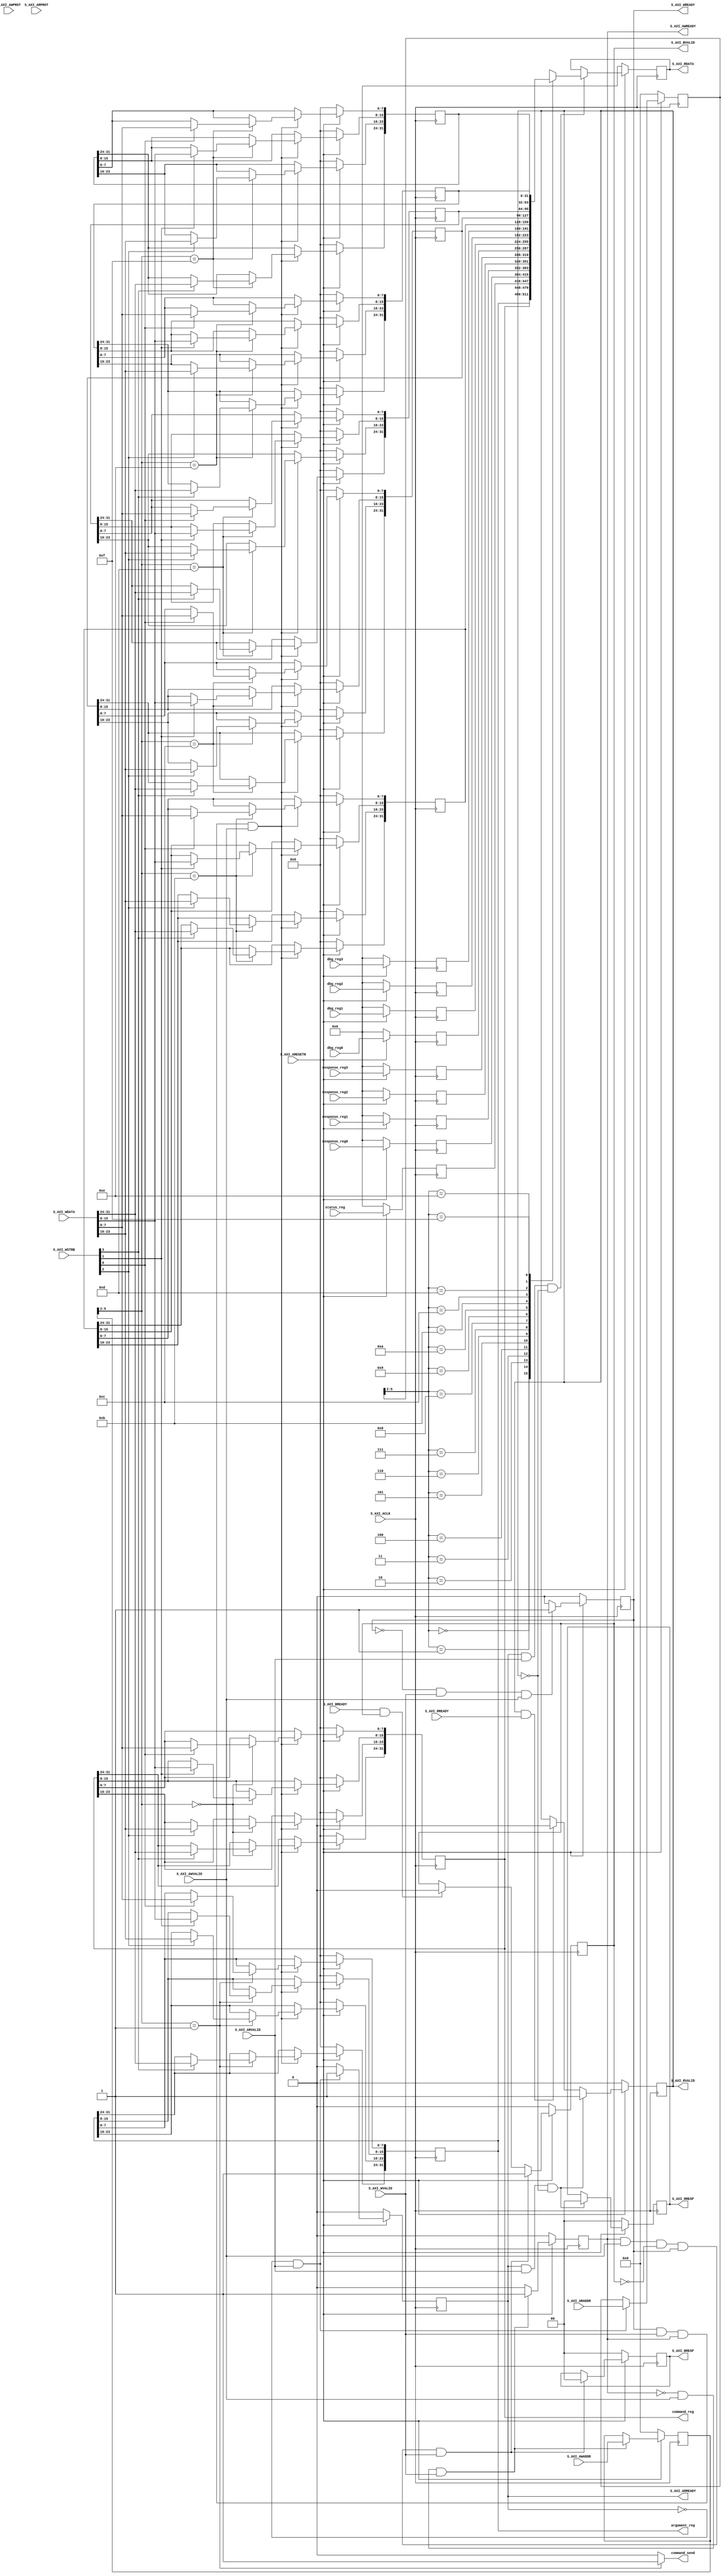
//////////////////////////////////////////////////////////////////////////////
//  
// Copyright (c) 2015 Digilent Inc.
// All rights reserved.
//
// File:
// d_sdctrl_S_AXI.v
//  
// Library:
// hw/contrib/d_sdctrl_1.0
//
// Author:
// Tinghui Wang (Steve)
//
// Description:
// Register Mapping for SDIO Controller
//
// @NETFPGA_LICENSE_HEADER_START@
//
// Licensed to NetFPGA C.I.C. (NetFPGA) under one or more contributor
// license agreements. See the NOTICE file distributed with this work for
// additional information regarding copyright ownership. NetFPGA licenses this
// file to you under the NetFPGA Hardware-Software License, Version 1.0 (the
// "License"); you may not use this file except in compliance with the
// License. You may obtain a copy of the License at:
//
// http://www.netfpga-cic.org
//
// Unless required by applicable law or agreed to in writing, Work distributed
// under the License is distributed on an "AS IS" BASIS, WITHOUT WARRANTIES OR
// CONDITIONS OF ANY KIND, either express or implied. See the License for the
// specific language governing permissions and limitations under the License.
//
// @NETFPGA_LICENSE_HEADER_END@
//  

`timescale 1 ps / 1 ps

	module d_sdctrl_S_AXI #
	(
		// Users to add parameters here

		// User parameters ends
		// Do not modify the parameters beyond this line

		// Width of S_AXI data bus
		parameter integer C_S_AXI_DATA_WIDTH	= 32,
		// Width of S_AXI address bus
		parameter integer C_S_AXI_ADDR_WIDTH	= 6
	)
	(
		// Users to add ports here
	    output wire [C_S_AXI_DATA_WIDTH-1 : 0]  command_reg,
        output wire [C_S_AXI_DATA_WIDTH-1 : 0]  argument_reg,
        input  wire [C_S_AXI_DATA_WIDTH-1 : 0]  status_reg,
        input  wire [C_S_AXI_DATA_WIDTH-1 : 0]  response_reg0,
        input  wire [C_S_AXI_DATA_WIDTH-1 : 0]  response_reg1,
        input  wire [C_S_AXI_DATA_WIDTH-1 : 0]  response_reg2,
        input  wire [C_S_AXI_DATA_WIDTH-1 : 0]  response_reg3,
        input  wire [C_S_AXI_DATA_WIDTH-1 : 0]  dbg_reg0,
        input  wire [C_S_AXI_DATA_WIDTH-1 : 0]  dbg_reg1,
        input  wire [C_S_AXI_DATA_WIDTH-1 : 0]  dbg_reg2,
        input  wire [C_S_AXI_DATA_WIDTH-1 : 0]  dbg_reg3,
        output wire                             command_send,
		// User ports ends
		// Do not modify the ports beyond this line

		// Global Clock Signal
		input wire  S_AXI_ACLK,
		// Global Reset Signal. This Signal is Active LOW
		input wire  S_AXI_ARESETN,
		// Write address (issued by master, acceped by Slave)
		input wire [C_S_AXI_ADDR_WIDTH-1 : 0] S_AXI_AWADDR,
		// Write channel Protection type. This signal indicates the
    		// privilege and security level of the transaction, and whether
    		// the transaction is a data access or an instruction access.
		input wire [2 : 0] S_AXI_AWPROT,
		// Write address valid. This signal indicates that the master signaling
    		// valid write address and control information.
		input wire  S_AXI_AWVALID,
		// Write address ready. This signal indicates that the slave is ready
    		// to accept an address and associated control signals.
		output wire  S_AXI_AWREADY,
		// Write data (issued by master, acceped by Slave) 
		input wire [C_S_AXI_DATA_WIDTH-1 : 0] S_AXI_WDATA,
		// Write strobes. This signal indicates which byte lanes hold
    		// valid data. There is one write strobe bit for each eight
    		// bits of the write data bus.    
		input wire [(C_S_AXI_DATA_WIDTH/8)-1 : 0] S_AXI_WSTRB,
		// Write valid. This signal indicates that valid write
    		// data and strobes are available.
		input wire  S_AXI_WVALID,
		// Write ready. This signal indicates that the slave
    		// can accept the write data.
		output wire  S_AXI_WREADY,
		// Write response. This signal indicates the status
    		// of the write transaction.
		output wire [1 : 0] S_AXI_BRESP,
		// Write response valid. This signal indicates that the channel
    		// is signaling a valid write response.
		output wire  S_AXI_BVALID,
		// Response ready. This signal indicates that the master
    		// can accept a write response.
		input wire  S_AXI_BREADY,
		// Read address (issued by master, acceped by Slave)
		input wire [C_S_AXI_ADDR_WIDTH-1 : 0] S_AXI_ARADDR,
		// Protection type. This signal indicates the privilege
    		// and security level of the transaction, and whether the
    		// transaction is a data access or an instruction access.
		input wire [2 : 0] S_AXI_ARPROT,
		// Read address valid. This signal indicates that the channel
    		// is signaling valid read address and control information.
		input wire  S_AXI_ARVALID,
		// Read address ready. This signal indicates that the slave is
    		// ready to accept an address and associated control signals.
		output wire  S_AXI_ARREADY,
		// Read data (issued by slave)
		output wire [C_S_AXI_DATA_WIDTH-1 : 0] S_AXI_RDATA,
		// Read response. This signal indicates the status of the
    		// read transfer.
		output wire [1 : 0] S_AXI_RRESP,
		// Read valid. This signal indicates that the channel is
    		// signaling the required read data.
		output wire  S_AXI_RVALID,
		// Read ready. This signal indicates that the master can
    		// accept the read data and response information.
		input wire  S_AXI_RREADY
	);

	// AXI4LITE signals
	reg [C_S_AXI_ADDR_WIDTH-1 : 0] 	axi_awaddr;
	reg  	axi_awready;
	reg  	axi_wready;
	reg [1 : 0] 	axi_bresp;
	reg  	axi_bvalid;
	reg [C_S_AXI_ADDR_WIDTH-1 : 0] 	axi_araddr;
	reg  	axi_arready;
	reg [C_S_AXI_DATA_WIDTH-1 : 0] 	axi_rdata;
	reg [1 : 0] 	axi_rresp;
	reg  	axi_rvalid;

	// Example-specific design signals
	// local parameter for addressing 32 bit / 64 bit C_S_AXI_DATA_WIDTH
	// ADDR_LSB is used for addressing 32/64 bit registers/memories
	// ADDR_LSB = 2 for 32 bits (n downto 2)
	// ADDR_LSB = 3 for 64 bits (n downto 3)
	localparam integer ADDR_LSB = (C_S_AXI_DATA_WIDTH/32) + 1;
	localparam integer OPT_MEM_ADDR_BITS = 3;
	//----------------------------------------------
	//-- Signals for user logic register space example
	//------------------------------------------------
	//-- Number of Slave Registers 16
	reg [C_S_AXI_DATA_WIDTH-1:0]	slv_reg0;
	reg [C_S_AXI_DATA_WIDTH-1:0]	slv_reg1;
	reg [C_S_AXI_DATA_WIDTH-1:0]	slv_reg2;
	reg [C_S_AXI_DATA_WIDTH-1:0]	slv_reg3;
	reg [C_S_AXI_DATA_WIDTH-1:0]	slv_reg4;
	reg [C_S_AXI_DATA_WIDTH-1:0]	slv_reg5;
	reg [C_S_AXI_DATA_WIDTH-1:0]	slv_reg6;
	reg [C_S_AXI_DATA_WIDTH-1:0]	slv_reg7;
	reg [C_S_AXI_DATA_WIDTH-1:0]	slv_reg8;
	reg [C_S_AXI_DATA_WIDTH-1:0]	slv_reg9;
	reg [C_S_AXI_DATA_WIDTH-1:0]	slv_reg10;
	reg [C_S_AXI_DATA_WIDTH-1:0]	slv_reg11;
	reg [C_S_AXI_DATA_WIDTH-1:0]	slv_reg12;
	reg [C_S_AXI_DATA_WIDTH-1:0]	slv_reg13;
	reg [C_S_AXI_DATA_WIDTH-1:0]	slv_reg14;
	reg [C_S_AXI_DATA_WIDTH-1:0]	slv_reg15;
	wire	 slv_reg_rden;
	wire	 slv_reg_wren;
	reg [C_S_AXI_DATA_WIDTH-1:0]	 reg_data_out;
	integer	 byte_index;

	// I/O Connections assignments

	assign S_AXI_AWREADY	= axi_awready;
	assign S_AXI_WREADY	= axi_wready;
	assign S_AXI_BRESP	= axi_bresp;
	assign S_AXI_BVALID	= axi_bvalid;
	assign S_AXI_ARREADY	= axi_arready;
	assign S_AXI_RDATA	= axi_rdata;
	assign S_AXI_RRESP	= axi_rresp;
	assign S_AXI_RVALID	= axi_rvalid;
	// Implement axi_awready generation
	// axi_awready is asserted for one S_AXI_ACLK clock cycle when both
	// S_AXI_AWVALID and S_AXI_WVALID are asserted. axi_awready is
	// de-asserted when reset is low.

	always @( posedge S_AXI_ACLK )
	begin
	  if ( S_AXI_ARESETN == 1'b0 )
	    begin
	      axi_awready <= 1'b0;
	    end 
	  else
	    begin    
	      if (~axi_awready && S_AXI_AWVALID && S_AXI_WVALID)
	        begin
	          // slave is ready to accept write address when 
	          // there is a valid write address and write data
	          // on the write address and data bus. This design 
	          // expects no outstanding transactions. 
	          axi_awready <= 1'b1;
	        end
	      else           
	        begin
	          axi_awready <= 1'b0;
	        end
	    end 
	end       

	// Implement axi_awaddr latching
	// This process is used to latch the address when both 
	// S_AXI_AWVALID and S_AXI_WVALID are valid. 

	always @( posedge S_AXI_ACLK )
	begin
	  if ( S_AXI_ARESETN == 1'b0 )
	    begin
	      axi_awaddr <= 0;
	    end 
	  else
	    begin    
	      if (~axi_awready && S_AXI_AWVALID && S_AXI_WVALID)
	        begin
	          // Write Address latching 
	          axi_awaddr <= S_AXI_AWADDR;
	        end
	    end 
	end       

	// Implement axi_wready generation
	// axi_wready is asserted for one S_AXI_ACLK clock cycle when both
	// S_AXI_AWVALID and S_AXI_WVALID are asserted. axi_wready is 
	// de-asserted when reset is low. 

	always @( posedge S_AXI_ACLK )
	begin
	  if ( S_AXI_ARESETN == 1'b0 )
	    begin
	      axi_wready <= 1'b0;
	    end 
	  else
	    begin    
	      if (~axi_wready && S_AXI_WVALID && S_AXI_AWVALID)
	        begin
	          // slave is ready to accept write data when 
	          // there is a valid write address and write data
	          // on the write address and data bus. This design 
	          // expects no outstanding transactions. 
	          axi_wready <= 1'b1;
	        end
	      else
	        begin
	          axi_wready <= 1'b0;
	        end
	    end 
	end       

	// Implement memory mapped register select and write logic generation
	// The write data is accepted and written to memory mapped registers when
	// axi_awready, S_AXI_WVALID, axi_wready and S_AXI_WVALID are asserted. Write strobes are used to
	// select byte enables of slave registers while writing.
	// These registers are cleared when reset (active low) is applied.
	// Slave register write enable is asserted when valid address and data are available
	// and the slave is ready to accept the write address and write data.
	assign slv_reg_wren = axi_wready && S_AXI_WVALID && axi_awready && S_AXI_AWVALID;

	always @( posedge S_AXI_ACLK )
	begin
	  if ( S_AXI_ARESETN == 1'b0 )
	    begin
	      slv_reg0 <= 0;
	      slv_reg1 <= 0;
	      slv_reg11 <= 0;
	      slv_reg12 <= 0;
	      slv_reg13 <= 0;
	      slv_reg14 <= 0;
	      slv_reg15 <= 0;
	    end 
	  else begin
	    if (slv_reg_wren)
	      begin
	        case ( axi_awaddr[ADDR_LSB+OPT_MEM_ADDR_BITS:ADDR_LSB] )
	          4'h0:
	            for ( byte_index = 0; byte_index <= (C_S_AXI_DATA_WIDTH/8)-1; byte_index = byte_index+1 )
	              if ( S_AXI_WSTRB[byte_index] == 1 ) begin
	                // Respective byte enables are asserted as per write strobes 
	                // Slave register 0
	                slv_reg0[(byte_index*8) +: 8] <= S_AXI_WDATA[(byte_index*8) +: 8];
	              end  
	          4'h1:
	            for ( byte_index = 0; byte_index <= (C_S_AXI_DATA_WIDTH/8)-1; byte_index = byte_index+1 )
	              if ( S_AXI_WSTRB[byte_index] == 1 ) begin
	                // Respective byte enables are asserted as per write strobes 
	                // Slave register 1
	                slv_reg1[(byte_index*8) +: 8] <= S_AXI_WDATA[(byte_index*8) +: 8];
	              end  
	          4'hB:
	            for ( byte_index = 0; byte_index <= (C_S_AXI_DATA_WIDTH/8)-1; byte_index = byte_index+1 )
	              if ( S_AXI_WSTRB[byte_index] == 1 ) begin
	                // Respective byte enables are asserted as per write strobes 
	                // Slave register 11
	                slv_reg11[(byte_index*8) +: 8] <= S_AXI_WDATA[(byte_index*8) +: 8];
	              end  
	          4'hC:
	            for ( byte_index = 0; byte_index <= (C_S_AXI_DATA_WIDTH/8)-1; byte_index = byte_index+1 )
	              if ( S_AXI_WSTRB[byte_index] == 1 ) begin
	                // Respective byte enables are asserted as per write strobes 
	                // Slave register 12
	                slv_reg12[(byte_index*8) +: 8] <= S_AXI_WDATA[(byte_index*8) +: 8];
	              end  
	          4'hD:
	            for ( byte_index = 0; byte_index <= (C_S_AXI_DATA_WIDTH/8)-1; byte_index = byte_index+1 )
	              if ( S_AXI_WSTRB[byte_index] == 1 ) begin
	                // Respective byte enables are asserted as per write strobes 
	                // Slave register 13
	                slv_reg13[(byte_index*8) +: 8] <= S_AXI_WDATA[(byte_index*8) +: 8];
	              end  
	          4'hE:
	            for ( byte_index = 0; byte_index <= (C_S_AXI_DATA_WIDTH/8)-1; byte_index = byte_index+1 )
	              if ( S_AXI_WSTRB[byte_index] == 1 ) begin
	                // Respective byte enables are asserted as per write strobes 
	                // Slave register 14
	                slv_reg14[(byte_index*8) +: 8] <= S_AXI_WDATA[(byte_index*8) +: 8];
	              end  
	          4'hF:
	            for ( byte_index = 0; byte_index <= (C_S_AXI_DATA_WIDTH/8)-1; byte_index = byte_index+1 )
	              if ( S_AXI_WSTRB[byte_index] == 1 ) begin
	                // Respective byte enables are asserted as per write strobes 
	                // Slave register 15
	                slv_reg15[(byte_index*8) +: 8] <= S_AXI_WDATA[(byte_index*8) +: 8];
	              end  
	          default : begin
	                      slv_reg0 <= slv_reg0;
	                      slv_reg1 <= slv_reg1;
	                      slv_reg11 <= slv_reg11;
	                      slv_reg12 <= slv_reg12;
	                      slv_reg13 <= slv_reg13;
	                      slv_reg14 <= slv_reg14;
	                      slv_reg15 <= slv_reg15;
	                    end
	        endcase
	      end
	  end
	end    

	// Implement write response logic generation
	// The write response and response valid signals are asserted by the slave 
	// when axi_wready, S_AXI_WVALID, axi_wready and S_AXI_WVALID are asserted.  
	// This marks the acceptance of address and indicates the status of 
	// write transaction.

	always @( posedge S_AXI_ACLK )
	begin
	  if ( S_AXI_ARESETN == 1'b0 )
	    begin
	      axi_bvalid  <= 0;
	      axi_bresp   <= 2'b0;
	    end 
	  else
	    begin    
	      if (axi_awready && S_AXI_AWVALID && ~axi_bvalid && axi_wready && S_AXI_WVALID)
	        begin
	          // indicates a valid write response is available
	          axi_bvalid <= 1'b1;
	          axi_bresp  <= 2'b0; // 'OKAY' response 
	        end                   // work error responses in future
	      else
	        begin
	          if (S_AXI_BREADY && axi_bvalid) 
	            //check if bready is asserted while bvalid is high) 
	            //(there is a possibility that bready is always asserted high)   
	            begin
	              axi_bvalid <= 1'b0; 
	            end  
	        end
	    end
	end   

	// Implement axi_arready generation
	// axi_arready is asserted for one S_AXI_ACLK clock cycle when
	// S_AXI_ARVALID is asserted. axi_awready is 
	// de-asserted when reset (active low) is asserted. 
	// The read address is also latched when S_AXI_ARVALID is 
	// asserted. axi_araddr is reset to zero on reset assertion.

	always @( posedge S_AXI_ACLK )
	begin
	  if ( S_AXI_ARESETN == 1'b0 )
	    begin
	      axi_arready <= 1'b0;
	      axi_araddr  <= 32'b0;
	    end 
	  else
	    begin    
	      if (~axi_arready && S_AXI_ARVALID)
	        begin
	          // indicates that the slave has acceped the valid read address
	          axi_arready <= 1'b1;
	          // Read address latching
	          axi_araddr  <= S_AXI_ARADDR;
	        end
	      else
	        begin
	          axi_arready <= 1'b0;
	        end
	    end 
	end       

	// Implement axi_arvalid generation
	// axi_rvalid is asserted for one S_AXI_ACLK clock cycle when both 
	// S_AXI_ARVALID and axi_arready are asserted. The slave registers 
	// data are available on the axi_rdata bus at this instance. The 
	// assertion of axi_rvalid marks the validity of read data on the 
	// bus and axi_rresp indicates the status of read transaction.axi_rvalid 
	// is deasserted on reset (active low). axi_rresp and axi_rdata are 
	// cleared to zero on reset (active low).  
	always @( posedge S_AXI_ACLK )
	begin
	  if ( S_AXI_ARESETN == 1'b0 )
	    begin
	      axi_rvalid <= 0;
	      axi_rresp  <= 0;
	    end 
	  else
	    begin    
	      if (axi_arready && S_AXI_ARVALID && ~axi_rvalid)
	        begin
	          // Valid read data is available at the read data bus
	          axi_rvalid <= 1'b1;
	          axi_rresp  <= 2'b0; // 'OKAY' response
	        end   
	      else if (axi_rvalid && S_AXI_RREADY)
	        begin
	          // Read data is accepted by the master
	          axi_rvalid <= 1'b0;
	        end                
	    end
	end    

	// Implement memory mapped register select and read logic generation
	// Slave register read enable is asserted when valid address is available
	// and the slave is ready to accept the read address.
	assign slv_reg_rden = axi_arready & S_AXI_ARVALID & ~axi_rvalid;
	always @(*)
	begin
	  if ( S_AXI_ARESETN == 1'b0 )
	    begin
	      reg_data_out <= 0;
	    end 
	  else
	    begin    
	      // Address decoding for reading registers
	      case ( axi_araddr[ADDR_LSB+OPT_MEM_ADDR_BITS:ADDR_LSB] )
	        4'h0   : reg_data_out <= slv_reg0;
	        4'h1   : reg_data_out <= slv_reg1;
	        4'h2   : reg_data_out <= slv_reg2;
	        4'h3   : reg_data_out <= slv_reg3;
	        4'h4   : reg_data_out <= slv_reg4;
	        4'h5   : reg_data_out <= slv_reg5;
	        4'h6   : reg_data_out <= slv_reg6;
	        4'h7   : reg_data_out <= slv_reg7;
	        4'h8   : reg_data_out <= slv_reg8;
	        4'h9   : reg_data_out <= slv_reg9;
	        4'hA   : reg_data_out <= slv_reg10;
	        4'hB   : reg_data_out <= slv_reg11;
	        4'hC   : reg_data_out <= slv_reg12;
	        4'hD   : reg_data_out <= slv_reg13;
	        4'hE   : reg_data_out <= slv_reg14;
	        4'hF   : reg_data_out <= slv_reg15;
	        default : reg_data_out <= 0;
	      endcase
	    end   
	end

	// Output register or memory read data
	always @( posedge S_AXI_ACLK )
	begin
	  if ( S_AXI_ARESETN == 1'b0 )
	    begin
	      axi_rdata  <= 0;
	    end 
	  else
	    begin    
	      // When there is a valid read address (S_AXI_ARVALID) with 
	      // acceptance of read address by the slave (axi_arready), 
	      // output the read dada 
	      if (slv_reg_rden)
	        begin
	          axi_rdata <= reg_data_out;     // register read data
	        end   
	    end
	end    

	// Add user logic here
    assign command_reg = slv_reg0;
    assign argument_reg = slv_reg1;
    assign command_send = (axi_awaddr[ADDR_LSB+OPT_MEM_ADDR_BITS:ADDR_LSB] == 4'h1) ? 1'b1: 1'b0;
    
	always @( posedge S_AXI_ACLK )
    begin
      if ( S_AXI_ARESETN == 1'b0 )
        begin
    	    slv_reg2 <= 'd0;
            slv_reg3 <= 'd0;
            slv_reg4 <= 'd0;
            slv_reg5 <= 'd0;
            slv_reg6 <= 'd0;
            slv_reg7 <= 'd0;
            slv_reg8 <= 'd0;
            slv_reg9 <= 'd0;
            slv_reg10 <= 'd0;
        end
      else
        begin            
    	    slv_reg2 <= status_reg;
            slv_reg3 <= response_reg0;
            slv_reg4 <= response_reg1;
            slv_reg5 <= response_reg2;
            slv_reg6 <= response_reg3;
            slv_reg7 <= dbg_reg0;
            slv_reg8 <= dbg_reg1;
            slv_reg9 <= dbg_reg2;
            slv_reg10 <= dbg_reg3;
        end
    end
	// User logic ends

	endmodule